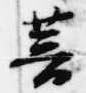
菩